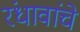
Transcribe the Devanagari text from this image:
रंधावांचे